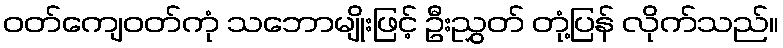
ဝတ်ကျေဝတ်ကုံ သဘောမျိုးဖြင့် ဦးညွှတ် တုံ့ပြန် လိုက်သည်။